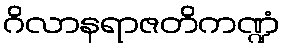
ဂိလာနရာဇတိကဏ္ဍံ